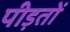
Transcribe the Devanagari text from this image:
पीड़तों